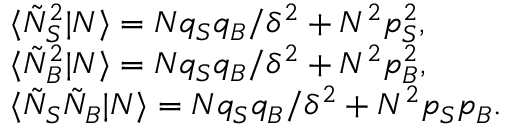
\begin{array} { r l } & { \langle \tilde { N } _ { S } ^ { 2 } | N \rangle = N q _ { S } q _ { B } / \delta ^ { 2 } + N ^ { 2 } p _ { S } ^ { 2 } , } \\ & { \langle \tilde { N } _ { B } ^ { 2 } | N \rangle = N q _ { S } q _ { B } / \delta ^ { 2 } + N ^ { 2 } p _ { B } ^ { 2 } , } \\ & { \langle \tilde { N } _ { S } \tilde { N } _ { B } | N \rangle = N q _ { S } q _ { B } / \delta ^ { 2 } + N ^ { 2 } p _ { S } p _ { B } . } \end{array}